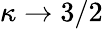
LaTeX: \kappa\to 3/2